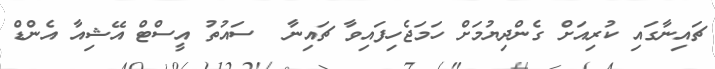
ޗައިނާގައި ކުރިއަށް ގެންދިޔުމަށް ހަމަޖެހިފައިވާ ޗައިނާ  ސައުތު އީސްޓް އޭޝިއާ އެންޑް